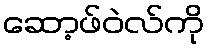
ဆော့ဖ်ဝဲလ်ကို